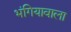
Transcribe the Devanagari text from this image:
भंगियावाला